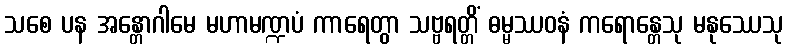
သစေ ပန အန္တောဂါမေ မဟာမဏ္ဍပံ ကာရေတွာ သဗ္ဗရတ္တိံ ဓမ္မဿဝနံ ကရောန္တေသု မနုဿေသု